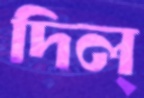
দিল্